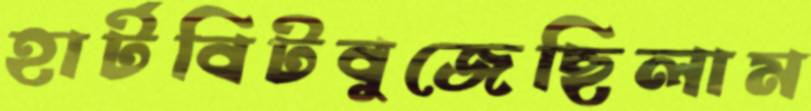
হার্টবিটবুজেছিলাম